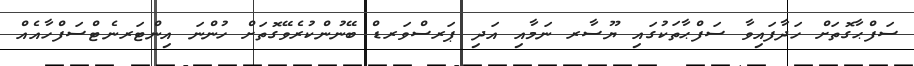
ސަފްޙާގޮތަށް ހަދާފައިވާ ސަފްޙާތަކުގައި ޔޫސާރ ނަމާއި އަދި ޕަރސްވަރޑް ބޭނުންކުރެވޭގޮތަށް ހުންނަ އިންޓަރނެޓްސަފްހާއެއް